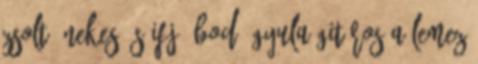
Zsolt énekes és ifj. Bodó Gyula gitáros a lemez